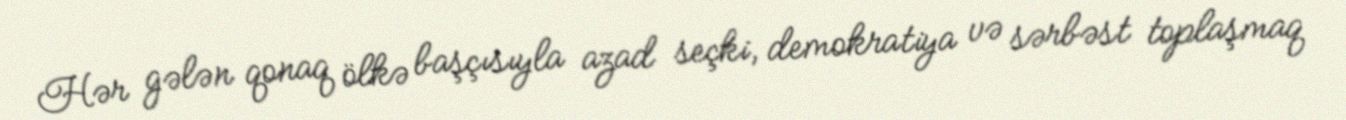
Hər gələn qonaq ölkə başçısıyla azad seçki, demokratiya və sərbəst toplaşmaq